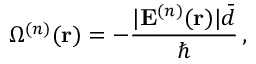
\Omega ^ { ( n ) } ( { \bf r } ) = - \frac { | { \bf E } ^ { ( n ) } ( { \bf r } ) | { \bar { d } } } { \hbar } \, ,